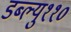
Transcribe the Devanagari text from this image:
डब्ल्यु११०